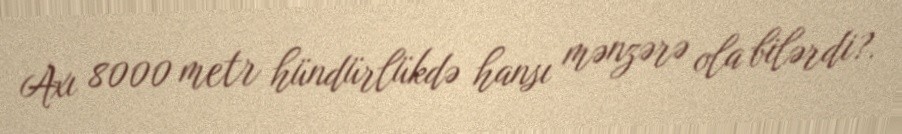
Axı 8000 metr hündürlükdə hansı mənzərə ola bilərdi?.